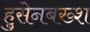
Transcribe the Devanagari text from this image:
हुसेनबख्श